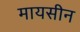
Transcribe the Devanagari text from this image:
मायसीन